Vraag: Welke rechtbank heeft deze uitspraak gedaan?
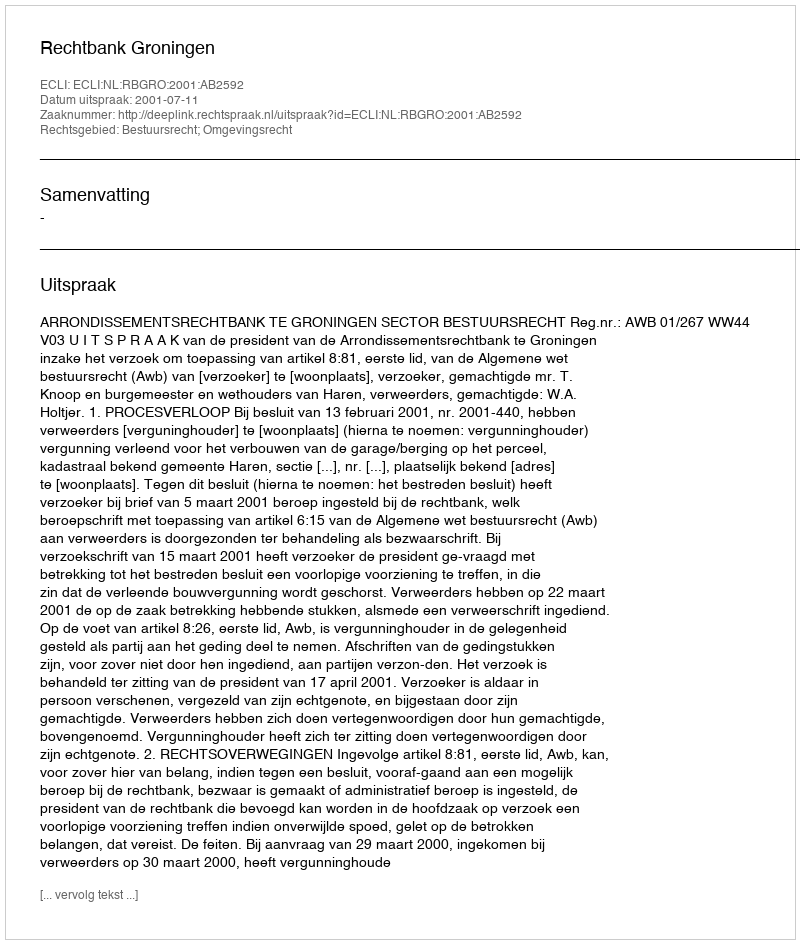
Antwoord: Rechtbank Groningen